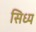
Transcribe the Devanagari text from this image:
सिध्य